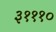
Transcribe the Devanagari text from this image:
३१११०